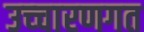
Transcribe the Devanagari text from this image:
उच्‍चारणगत